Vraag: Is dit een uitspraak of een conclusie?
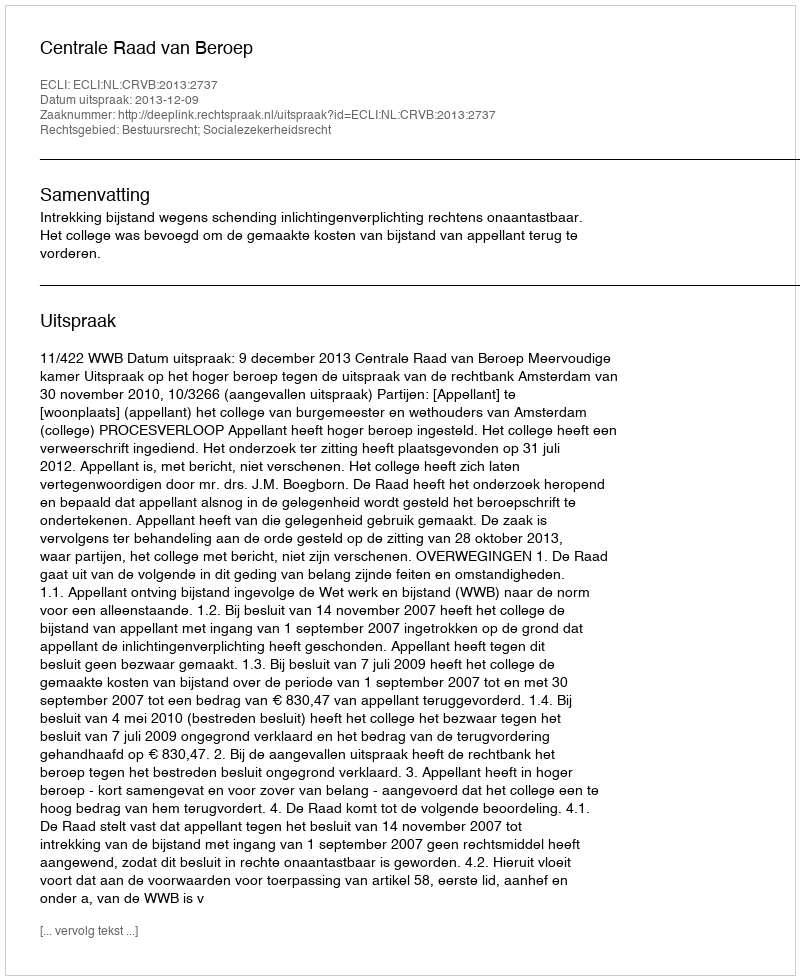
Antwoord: Uitspraak